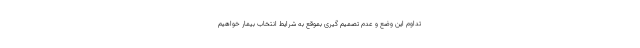
تداوم این وضع و عدم تصمیم گیری بموقع به شرایط انتخاب بیمار خواهیم